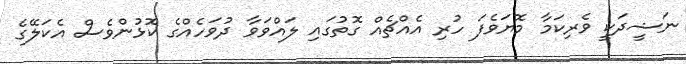
ނަޝީދަކީ ވެރިކަމާ މޮޔަވެފަ ހުރި އެއްޗެއް ގޮތުގައި ލައްވަވާ ދުވަހެއްގެ ކޮޅުންވެސް އެކަލޭގެ